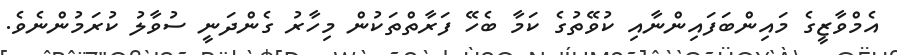
އެމްވާޒީގެ މައިންބަފައިންނާއި ކުވޭތުގެ ކަމާ ބެހޭ ފަރާތްތަކުން މިހާރު ގެންދަނީ ސުވާލު ކުރަމުންނެވެ.